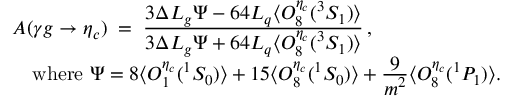
\begin{array} { r l } { { } } & { { A ( \gamma g \to \eta _ { c } ) \; = \; { \frac { \displaystyle 3 \Delta { \cal L } _ { g } \Psi - 6 4 { \cal L } _ { q } \langle { \cal O } _ { 8 } ^ { \eta _ { c } } ( { } ^ { 3 } S _ { 1 } ) \rangle } { \displaystyle 3 \Delta { \cal L } _ { g } \Psi + 6 4 { \cal L } _ { q } \langle { \cal O } _ { 8 } ^ { \eta _ { c } } ( { } ^ { 3 } S _ { 1 } ) \rangle } } \, , } } \\ { { } } & { { \quad \mathrm { w h e r e \ } \Psi = 8 \langle { \cal O } _ { 1 } ^ { \eta _ { c } } ( { } ^ { 1 } S _ { 0 } ) \rangle + 1 5 \langle { \cal O } _ { 8 } ^ { \eta _ { c } } ( { } ^ { 1 } S _ { 0 } ) \rangle + { \frac { \displaystyle 9 } { \displaystyle m ^ { 2 } } } \langle { \cal O } _ { 8 } ^ { \eta _ { c } } ( { } ^ { 1 } P _ { 1 } ) \rangle . } } \end{array}